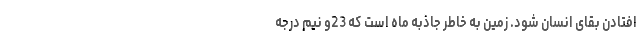
افتادن بقای انسان شود. زمین به خاطر جاذبه ماه است که 23و نیم درجه